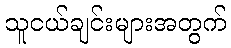
သူငယ်ချင်းများအတွက်